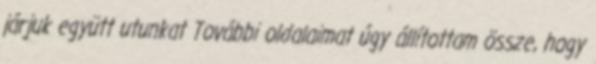
járjuk együtt utunkat További oldalaimat úgy állítottam össze, hogy